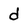
Character: d